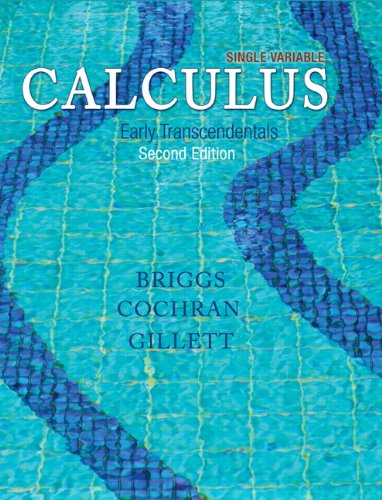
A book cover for Single Variable Calculus: Early Transcendentals Plus  MyMathLab with Pearson eText -- Access Card Package (2nd Edition) (Briggs/Cochran/Gillett Calculus 2e); Bill Briggs; Science & Math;